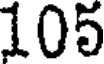
105